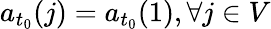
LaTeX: a_{t_{0}}(j)=a_{t_{0}}(1),\forall j\in V